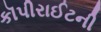
કૉપીરાઈટની